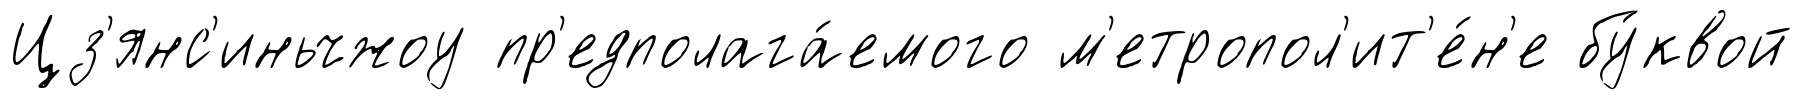
Цз'янс'иньчжоу пр'едполага́емого м'етропол'ит'е́н'е бу́квой